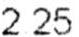
2.25